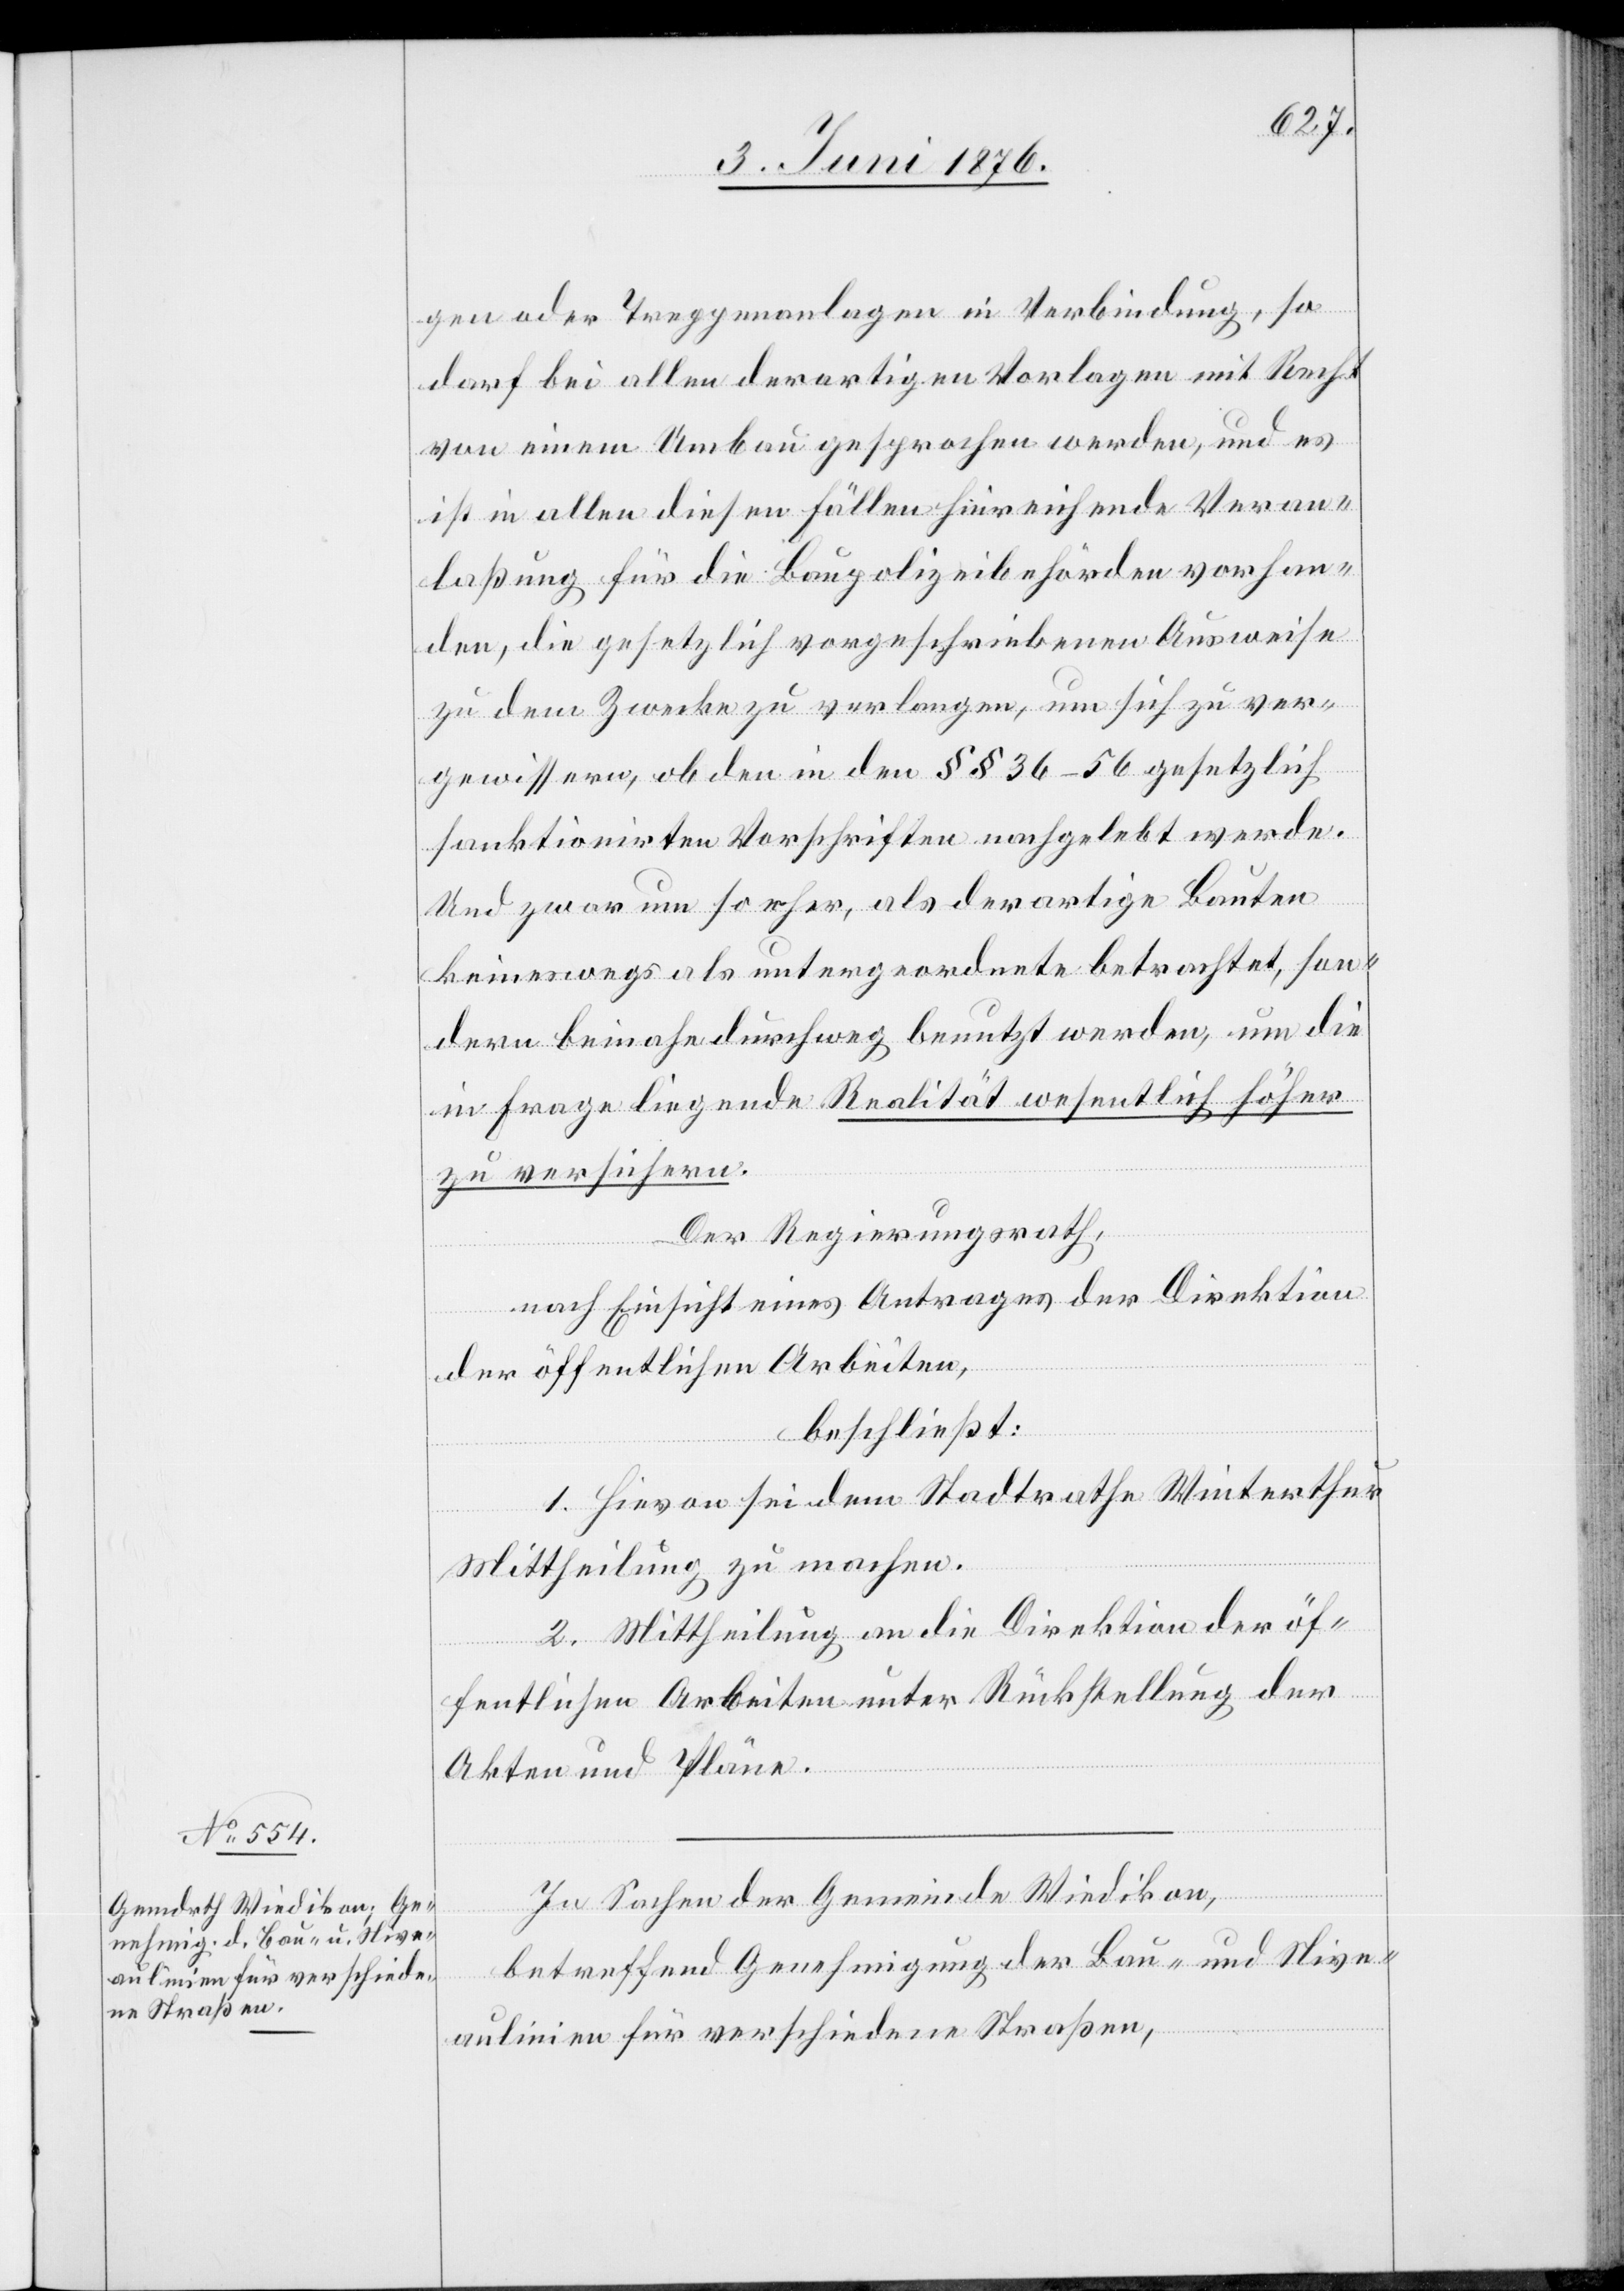
gen oder Treppenanlagen in Verbindung, so
darf bei allen derartigen Vorlagen mit Recht
von einem Umbau gesprochen werden, und es
ist in allen diesen Fällen hinreichende Veran¬
laßung für die Baupolizeibehörden vorhan¬
den, die gesetzlich vorgeschriebenen Ausweise
zu dem Zwecke zu verlangen, um sich zu ver¬
gewissern, ob den in den §§ 36–56 gesetzlich
sanktionirten Vorschriften nachgelebt werde.
Und zwar um so eher, als derartige Bauten
keineswegs als untergeordnete betrachtet, son¬
dern beinahe durchweg benutzt werden, um die
in Frage liegende Realität wesentlich höher
zu versichern.
Der Regierungsrath,
nach Einsicht eines Antrages der Direktion
der öffentlichen Arbeiten,
beschließt:
1. Hievon sei dem Stadtrathe Winterthur
Mittheilung zu machen.
2. Mittheilung an die Direktion der öf¬
fentlichen Arbeiten unter Rückstellung der
Akten und Pläne.
In Sachen der Gemeinde Wiedikon,
betreffend Genehmigung der Bau- und Nive¬
aulinien für verschiedene Straßen,